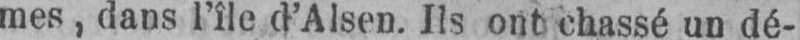
mes, dans l’île d’Alsen. Ils ont chassé un dé-